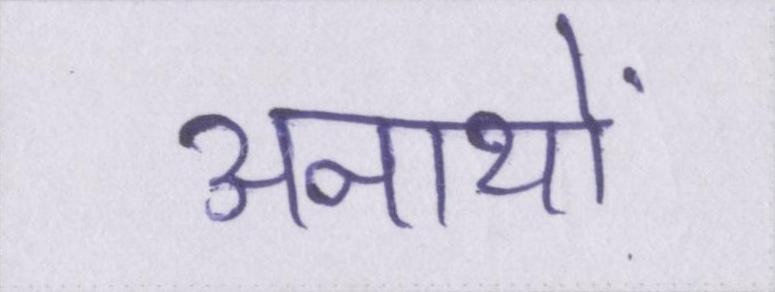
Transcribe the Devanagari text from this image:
अनाथों